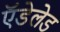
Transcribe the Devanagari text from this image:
ऍडेलेड